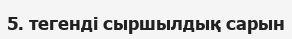
5. тегенді сыршылдық сарын